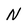
Character: N